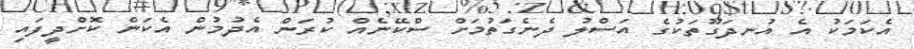
އެކަމަކު އެ އުނދަގޫތަކުގެ އަސްލު ދެނެގަތުމަށް ސްކޭނެއް ކުރަން އެދުމުން އެކަން ކޮށްދީފައި